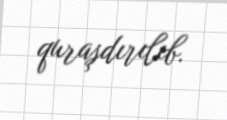
quraşdırılıb.